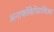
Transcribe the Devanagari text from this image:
अनार्कोकैपिटलिज़्म